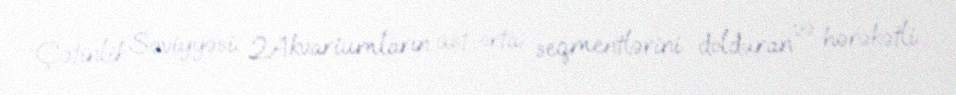
Çətinlik Səviyyəsi: 2Akvariumların üst-orta seqmentlərini dolduran və hərəkətli